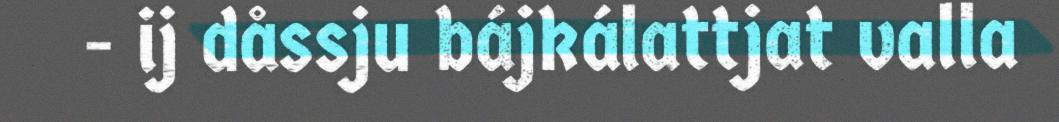
- ij dåssju bájkálattjat valla